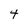
Character: 4